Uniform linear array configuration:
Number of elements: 16
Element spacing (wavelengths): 1
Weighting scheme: kaiser
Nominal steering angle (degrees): -15
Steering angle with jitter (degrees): -14.981
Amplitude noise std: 0.05
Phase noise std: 0.05

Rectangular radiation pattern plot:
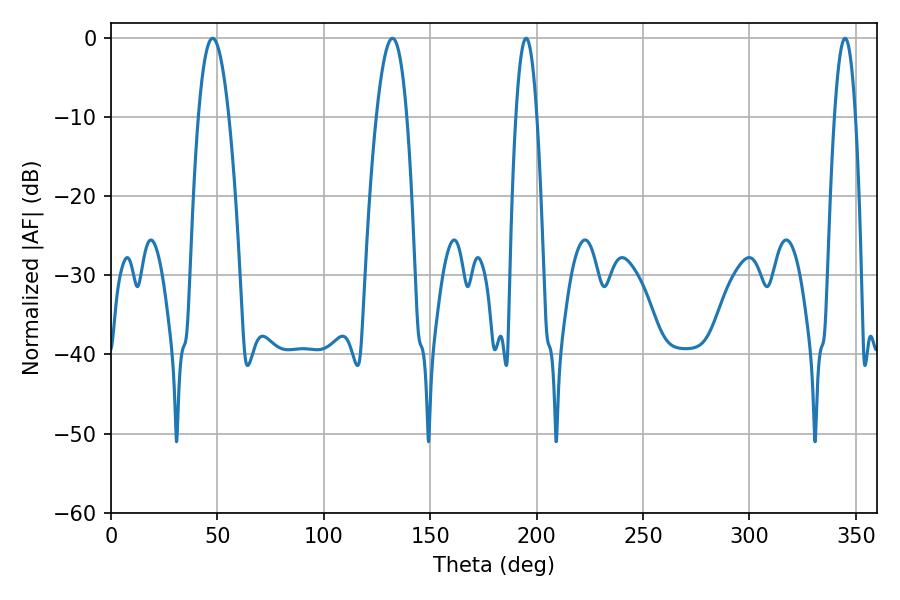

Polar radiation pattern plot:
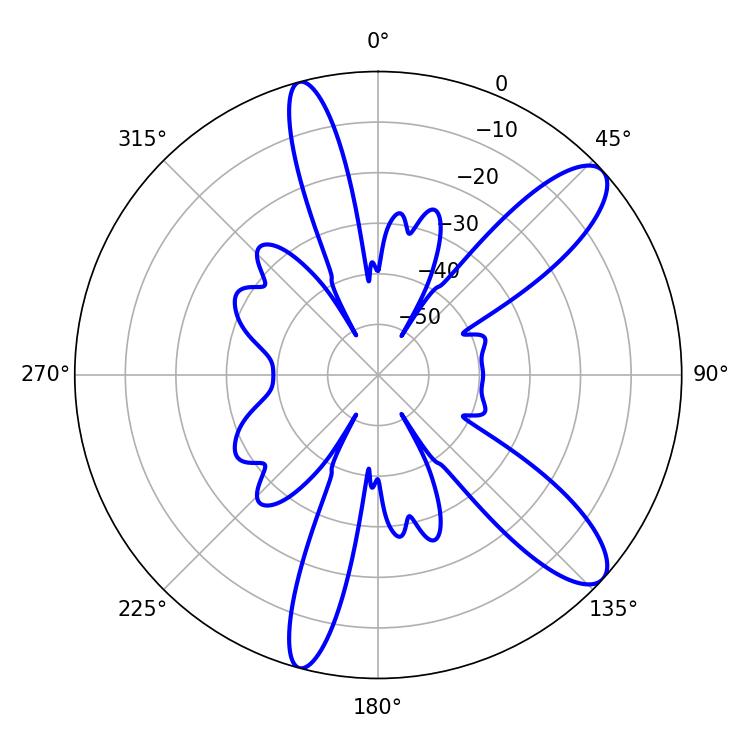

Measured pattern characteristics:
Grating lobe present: TRUE
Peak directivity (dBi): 10.827
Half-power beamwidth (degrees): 7.92
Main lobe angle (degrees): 47.7